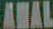
ANAL